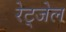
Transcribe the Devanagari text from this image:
रेट्जेल